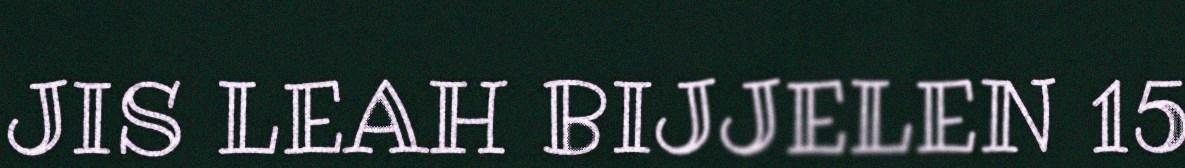
JIS LEAH BIJJELEN 15